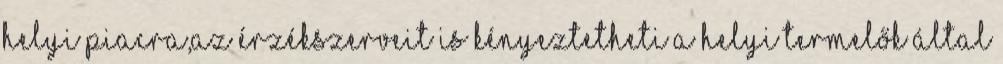
helyi piacra,az érzékszerveit is kényeztetheti a helyi termelők által